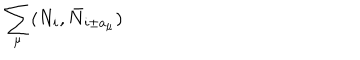
\sum _ { \mu } ( N _ { i } , \bar { N } _ { i \pm a _ { \mu } } )